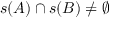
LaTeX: s ( A ) \cap s ( B ) \neq \emptyset